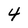
Character: 4